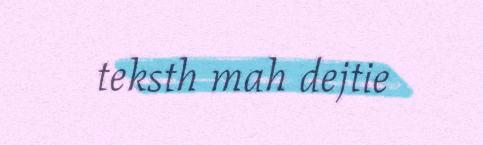
teksth mah dejtie